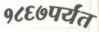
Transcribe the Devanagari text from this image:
१८६७पर्यंत